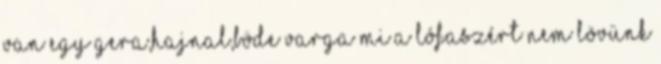
van egy Gera,Hajnal,Böde Varga mi a lófaszért nem lövünk